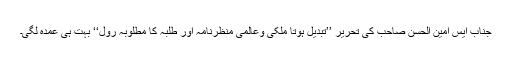
جناب ایس امین الحسن صاحب کی تحریر ’’تبدیل ہوتا ملکی وعالمی منظرنامہ اور طلبہ کا مطلوبہ رول‘‘ بہت ہی عمدہ لگی۔